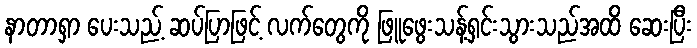
နာတာရှာ ပေးသည့် ဆပ်ပြာဖြင့် လက်တွေကို ဖြူဖွေးသန့်ရှင်းသွားသည်အထိ ဆေးပြီး